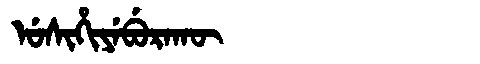
Manchu: ᡠᠰᡳᡥᡳᠶᡝᠪᡠᡵᠠᡴᡡ
Romanization: USIHIYEBURAKŪ